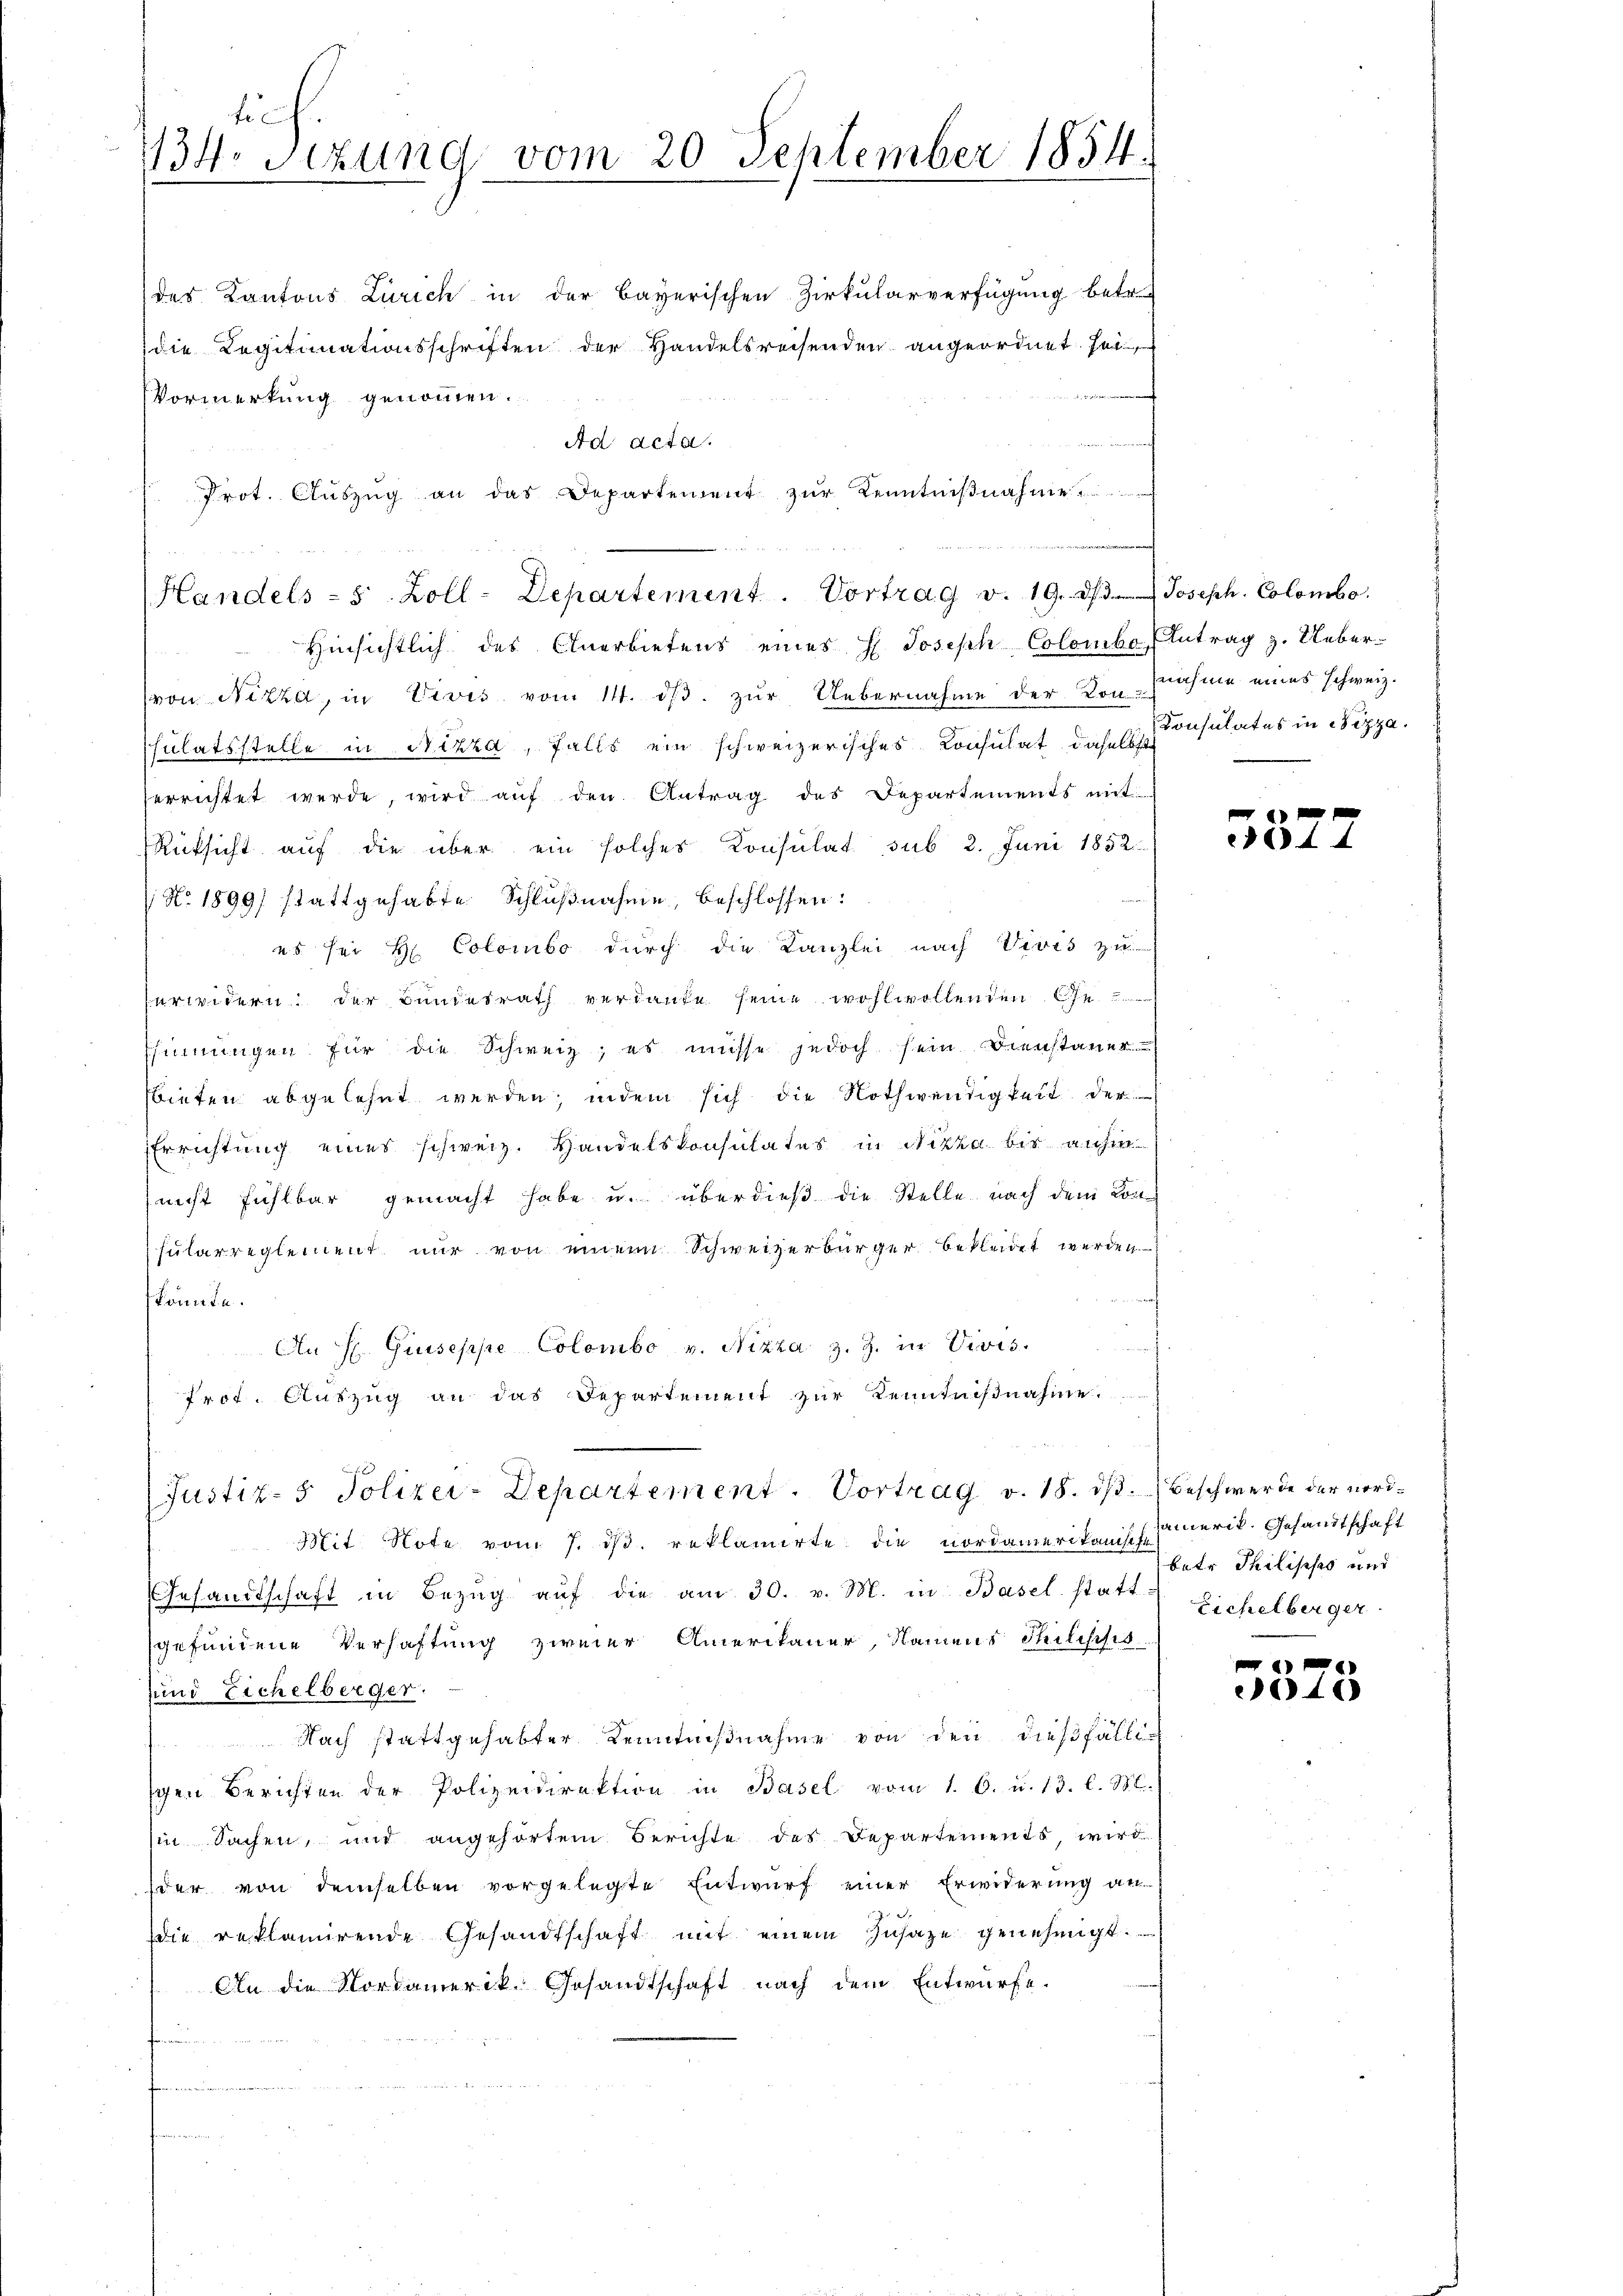
ti
134. Sizung vom 20. September 1854.

des Kantons Zürich in der Bayerischen Zirkularverfügung betr.
die Legitimationsschriften der Handelsreisenden angeordnet sei
Vormerkung genommen.
Ad acta.
Prot. Aŭszŭg an das Departement zŭr Kenntniβnahme
Handels 8 Zoll-Departement. Vortrag v. 19. d. Joseph. Colombo.
Hinsichtlich des Anerbietens eines H. Joseph Colombe Antrag z. Ueber-
(von Nizza, in Vivis vom 14. dβ zŭr Uebernahme der Vornahme eines schweiz.
sulatsstelle in Nizza, falls ein schweizerisches Consulat daselbst
errichtet werde, wird auf den Antrag des Departements mit
RRücksicht auf die über ein solches Konsulat sub 2. Juni 1852.
No. 1899/ stattgehabte Schlußnahme, beschlossen:
us sei H. Colombo durch die Kanzlei nach Vivis zu
erwidern. Der Bundesrath verdanke seine wohlwollenden Ge
Esinnungen für die Schweiz, es müsse jedoch sein Dienstauer
bieten abgelehnt werden; indem sich die Nothwendigkeit der
Errichtung eines schweiz. Handelskonsulates in Nizza bis aufen
(nicht fühlbar gemacht habe u. überdieß die Stelle nach dem Kon-
sularreglement nur von einem Schweizerbürger bekleidet werden.
könnte.
i
An H. Guseppe Colombo v. Nizza z. Z. in Vivis.
Prof. Auszug an das Departement zur Kenntnißnahme.
Justiz- & Polizei-Departement. Vortrag v. 18. ds. Beschwerde der nord¬
Mit Note vom 7. ds. reklamirte die nordamerikanischeinerit. Gesandtschaft
Gesandtschaft in Bezŭg aŭf die am 30. v. M. in Basel statt-
gefundene Verhaftung zweier Amerikaner, Namens Philistis
und Eichelberger.
Nach stattgehabter Kenntnißnahme von den dießfälligen Berichten der Polizeidirektion in Basel vom 1. 6. u. 13. l. M.
in Sachen, und angehörtem Berichte des Departements, wird
der von demselben vorgelegte Entwurf einer Erwiderung an
die reklamirende Gesandtschaft mit einem Zŭsaze genehmigt.
An die Nordamerik. Gesandtschaft nach dem Entwürfe.

Ameritier

Konsulates in Nizza.

804.

betr. Philippo und
Eichelberger

040